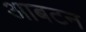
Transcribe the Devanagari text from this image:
आबटन